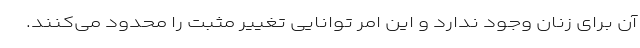
آن برای زنان وجود ندارد و این امر توانایی تغییر مثبت را محدود می‌کنند.